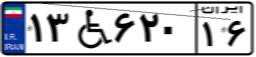
۱۳W۶۲۰۱۶